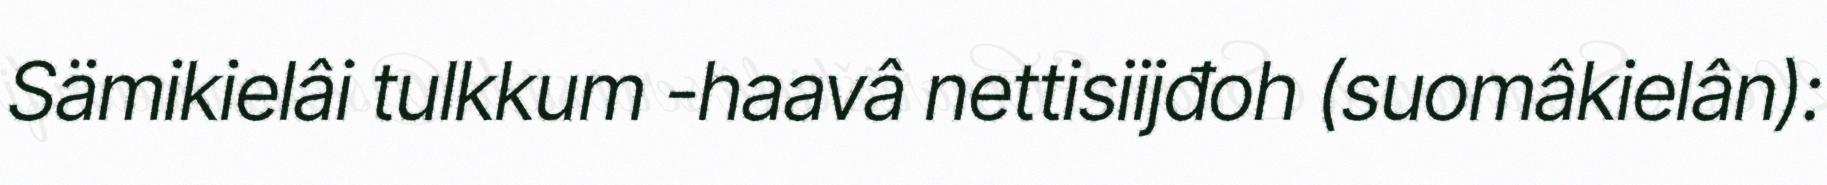
Sämikielâi tulkkum -haavâ nettisiijđoh (suomâkielân):